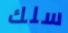
سلك